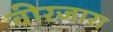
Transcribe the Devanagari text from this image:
वीरजारा